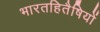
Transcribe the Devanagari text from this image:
भारतहितैषियों